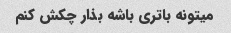
میتونه باتری باشه بذار چکش کنم